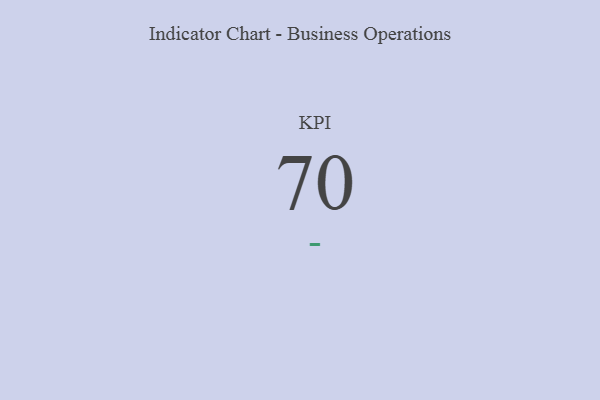
{"axis": {"x": "KPI", "y": "Value"}, "legend": [""], "data": [{"x": "KPI", "y": 70, "type": ""}]}